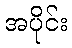
အပိုင်း